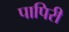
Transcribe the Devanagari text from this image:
पापिरी